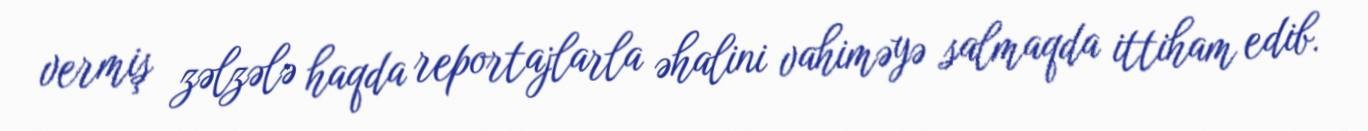
vermiş zəlzələ haqda reportajlarla əhalini vahiməyə salmaqda ittiham edib.